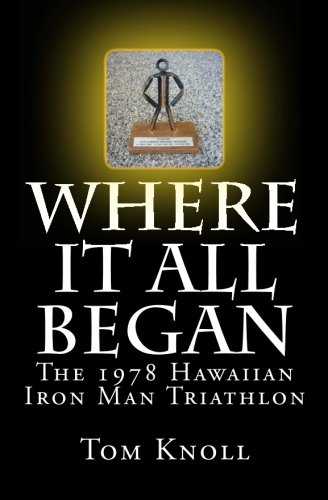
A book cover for Where It All Began: The 1978 Hawaiian Iron Man Triathlon; Tom Knoll; Health, Fitness & Dieting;